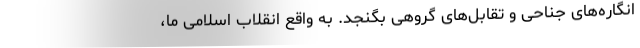
انگاره‌های جناحی و تقابل‌های گروهی بگنجد. به واقع انقلاب اسلامی ما،